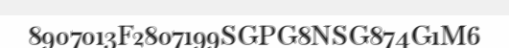
8907013F2807199SGPG8NSG874G1M6